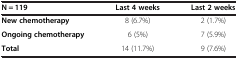
<table><thead><tr><td><b>N = 119</b></td><td><b>Last 4 weeks</b></td><td><b>Last 2 weeks</b></td></tr></thead><tbody><tr><td><b>New chemotherapy</b></td><td>8 (6.7%)</td><td>2 (1.7%)</td></tr><tr><td><b>Ongoing chemotherapy</b></td><td>6 (5%)</td><td>7 (5.9%)</td></tr><tr><td><b>Total</b></td><td>14 (11.7%)</td><td>9 (7.6%)</td></tr></tbody></table>